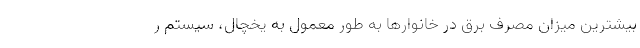
بیشترین میزان مصرف برق در خانوارها به طور معمول به یخچال، سیستم ر